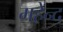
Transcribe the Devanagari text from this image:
महेन्द